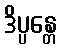
ဒိပ္ပန္တေ